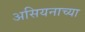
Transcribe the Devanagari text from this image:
असियनाच्या